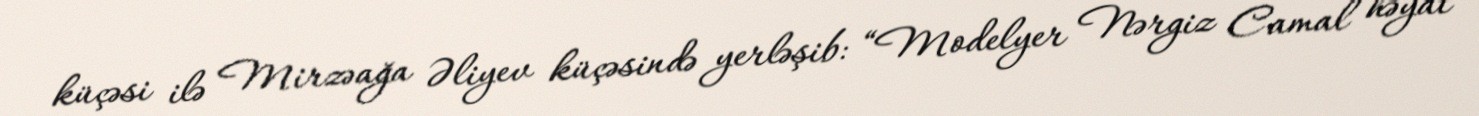
küçəsi ilə Mirzəağa Əliyev küçəsində yerləşib: “Modelyer Nərgiz Camal həyat